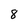
Character: 8